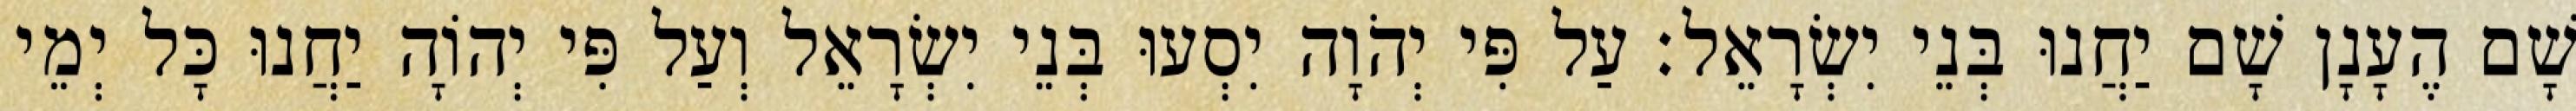
שָׁם הֶעָנָן שָׁם יַחֲנוּ בְּנֵי יִשְׂרָאֵל׃ עַל פִּי יְהֹוָה יִסְעוּ בְּנֵי יִשְׂרָאֵל וְעַל פִּי יְהוָֹה יַחֲנוּ כָּל יְמֵי